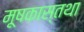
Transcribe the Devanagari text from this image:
मूषकास्तथा